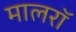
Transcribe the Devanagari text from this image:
मालरॉ